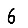
Digit: 6